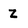
Character: Z